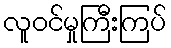
လူဝင်မှုကြီးကြပ်